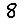
Digit: 8